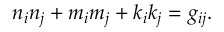
n _ { i } n _ { j } + m _ { i } m _ { j } + k _ { i } k _ { j } = g _ { i j } .